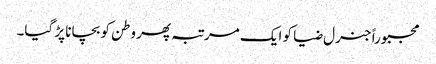
مجبوراً جنرل ضیا کو ایک مرتبہ پھر وطن کو بچانا پڑ گیا۔